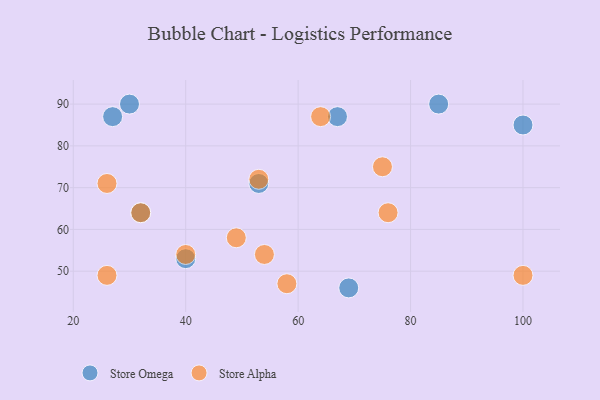
{"axis": {"x": "GDP", "y": "Life Expectancy"}, "legend": ["Store Alpha", "Store Omega"], "data": [{"x": "67", "y": 87, "type": "Store Omega"}, {"x": "69", "y": 46, "type": "Store Omega"}, {"x": "27", "y": 87, "type": "Store Omega"}, {"x": "100", "y": 85, "type": "Store Omega"}, {"x": "40", "y": 53, "type": "Store Omega"}, {"x": "53", "y": 71, "type": "Store Omega"}, {"x": "32", "y": 64, "type": "Store Omega"}, {"x": "30", "y": 90, "type": "Store Omega"}, {"x": "85", "y": 90, "type": "Store Omega"}, {"x": "26", "y": 71, "type": "Store Alpha"}, {"x": "49", "y": 58, "type": "Store Alpha"}, {"x": "64", "y": 87, "type": "Store Alpha"}, {"x": "26", "y": 49, "type": "Store Alpha"}, {"x": "40", "y": 54, "type": "Store Alpha"}, {"x": "53", "y": 72, "type": "Store Alpha"}, {"x": "58", "y": 47, "type": "Store Alpha"}, {"x": "54", "y": 54, "type": "Store Alpha"}, {"x": "32", "y": 64, "type": "Store Alpha"}, {"x": "75", "y": 75, "type": "Store Alpha"}, {"x": "76", "y": 64, "type": "Store Alpha"}, {"x": "100", "y": 49, "type": "Store Alpha"}]}